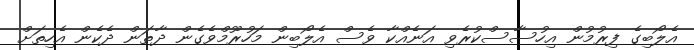
އެލޯބިގެ ފިރުމުން އިހުސާސްކުރެވި އަނެއްކާ ވެސް އެލޯބިން މަހުރޫމްވެގެން ދާތަން ދެކެން އެހިތަށް